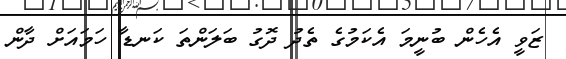
ޒަވީ އެހެން ބުނީމަ އެކަމުގެ ތެދު ދޮގު ބަލަންތަ ކަނޑާ ހަމައަށް ދާން